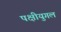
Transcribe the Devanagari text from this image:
पक्षीयुगल